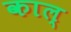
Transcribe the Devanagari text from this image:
काल्